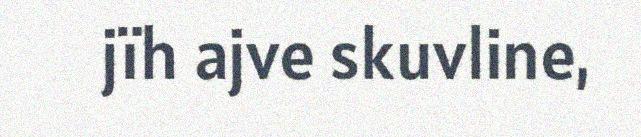
jïh ajve skuvline,